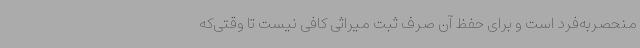
منحصربه‌فرد است و برای حفظ آن صرف ثبت میراثی کافی نیست تا وقتی‌که